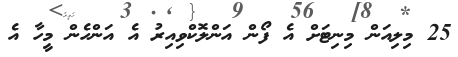
25 މިލިއަން މިނިޓަށް އެ ފޯން އަންލޮކްވިއިރު އެ އަންހެން މީހާ އެ